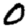
Digit: 0